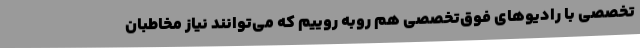
تخصصی با رادیوهای فوق‌تخصصی هم روبه روییم که می‌توانند نیاز مخاطبان